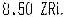
8.50 ZRL